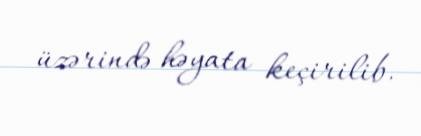
üzərində həyata keçirilib.